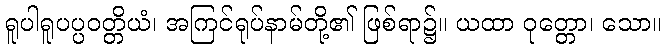
ရူပါရူပပ္ပဝတ္တိယံ၊ အကြင်ရုပ်နာမ်တို့၏ ဖြစ်ရာ၌။ ယထာ ဝုတ္တော၊ သော။